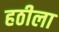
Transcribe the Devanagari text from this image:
हठीला